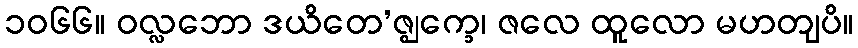
၁၀၆၆။ ဝလ္လဘော ဒယိတေ’ဇ္ဈက္ခေ၊ ဇလေ ထူလော မဟတျပိ။